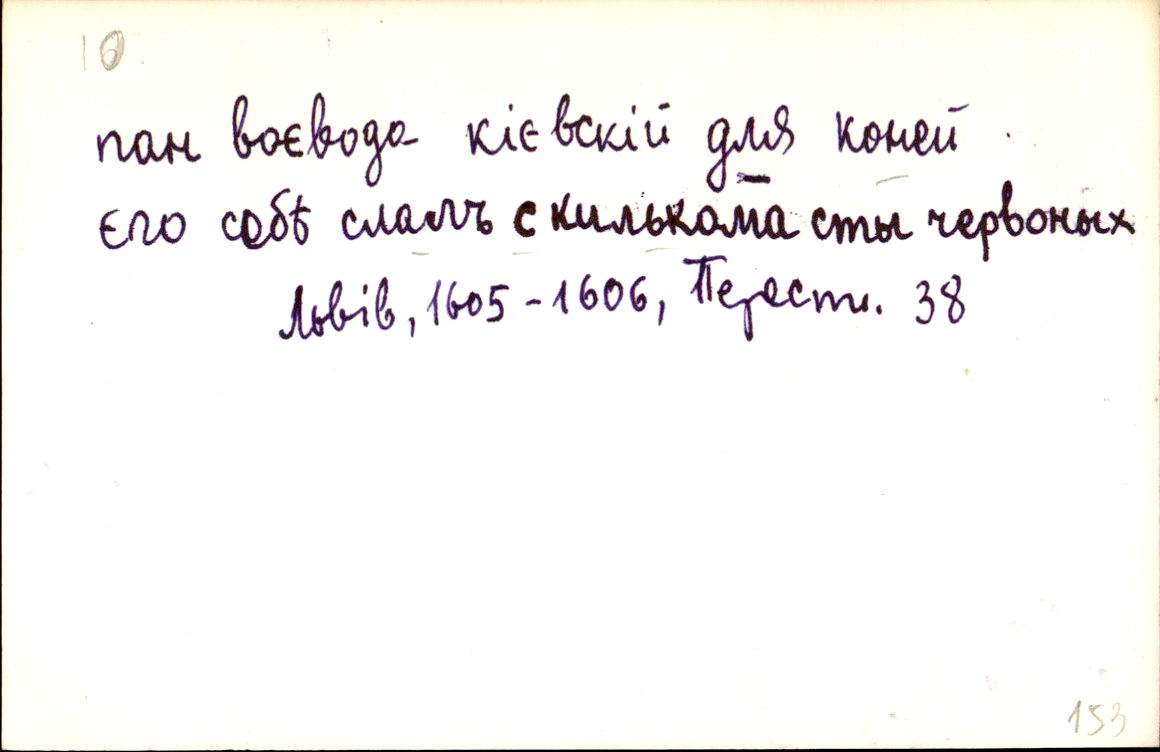
пан воєвода кієвскій для коней
єго себѣ слалъ с килькома сты червоных
Львів, 1605-1606, Перест. 38